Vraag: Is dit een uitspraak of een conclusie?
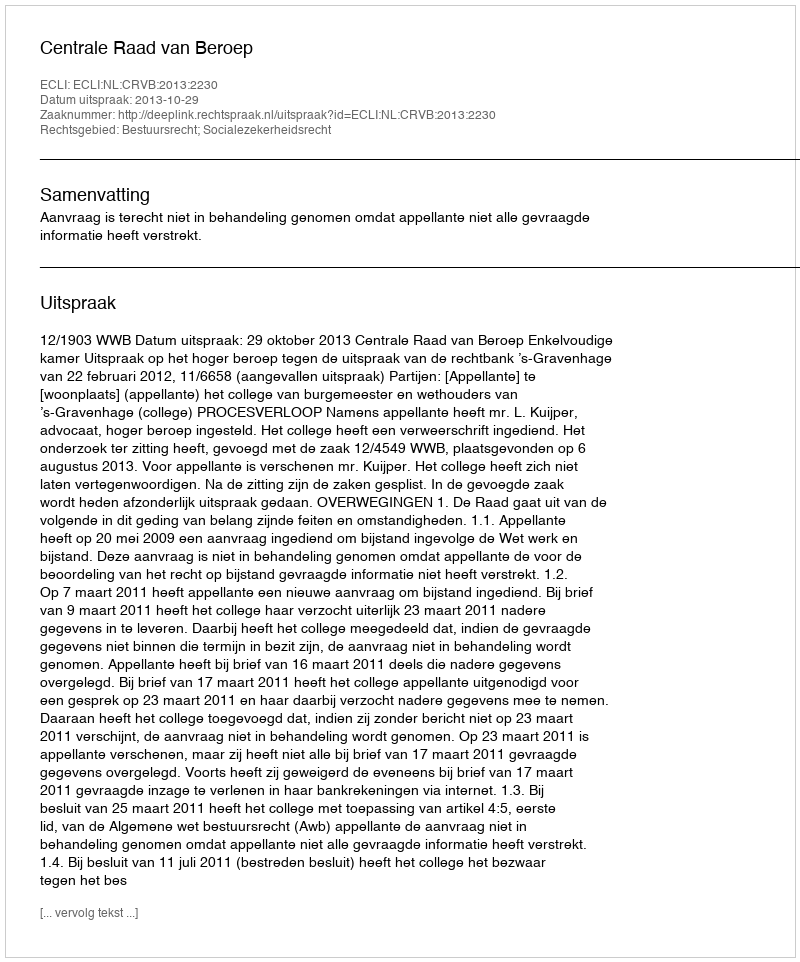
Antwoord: Uitspraak